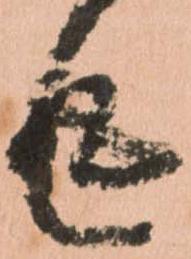
返